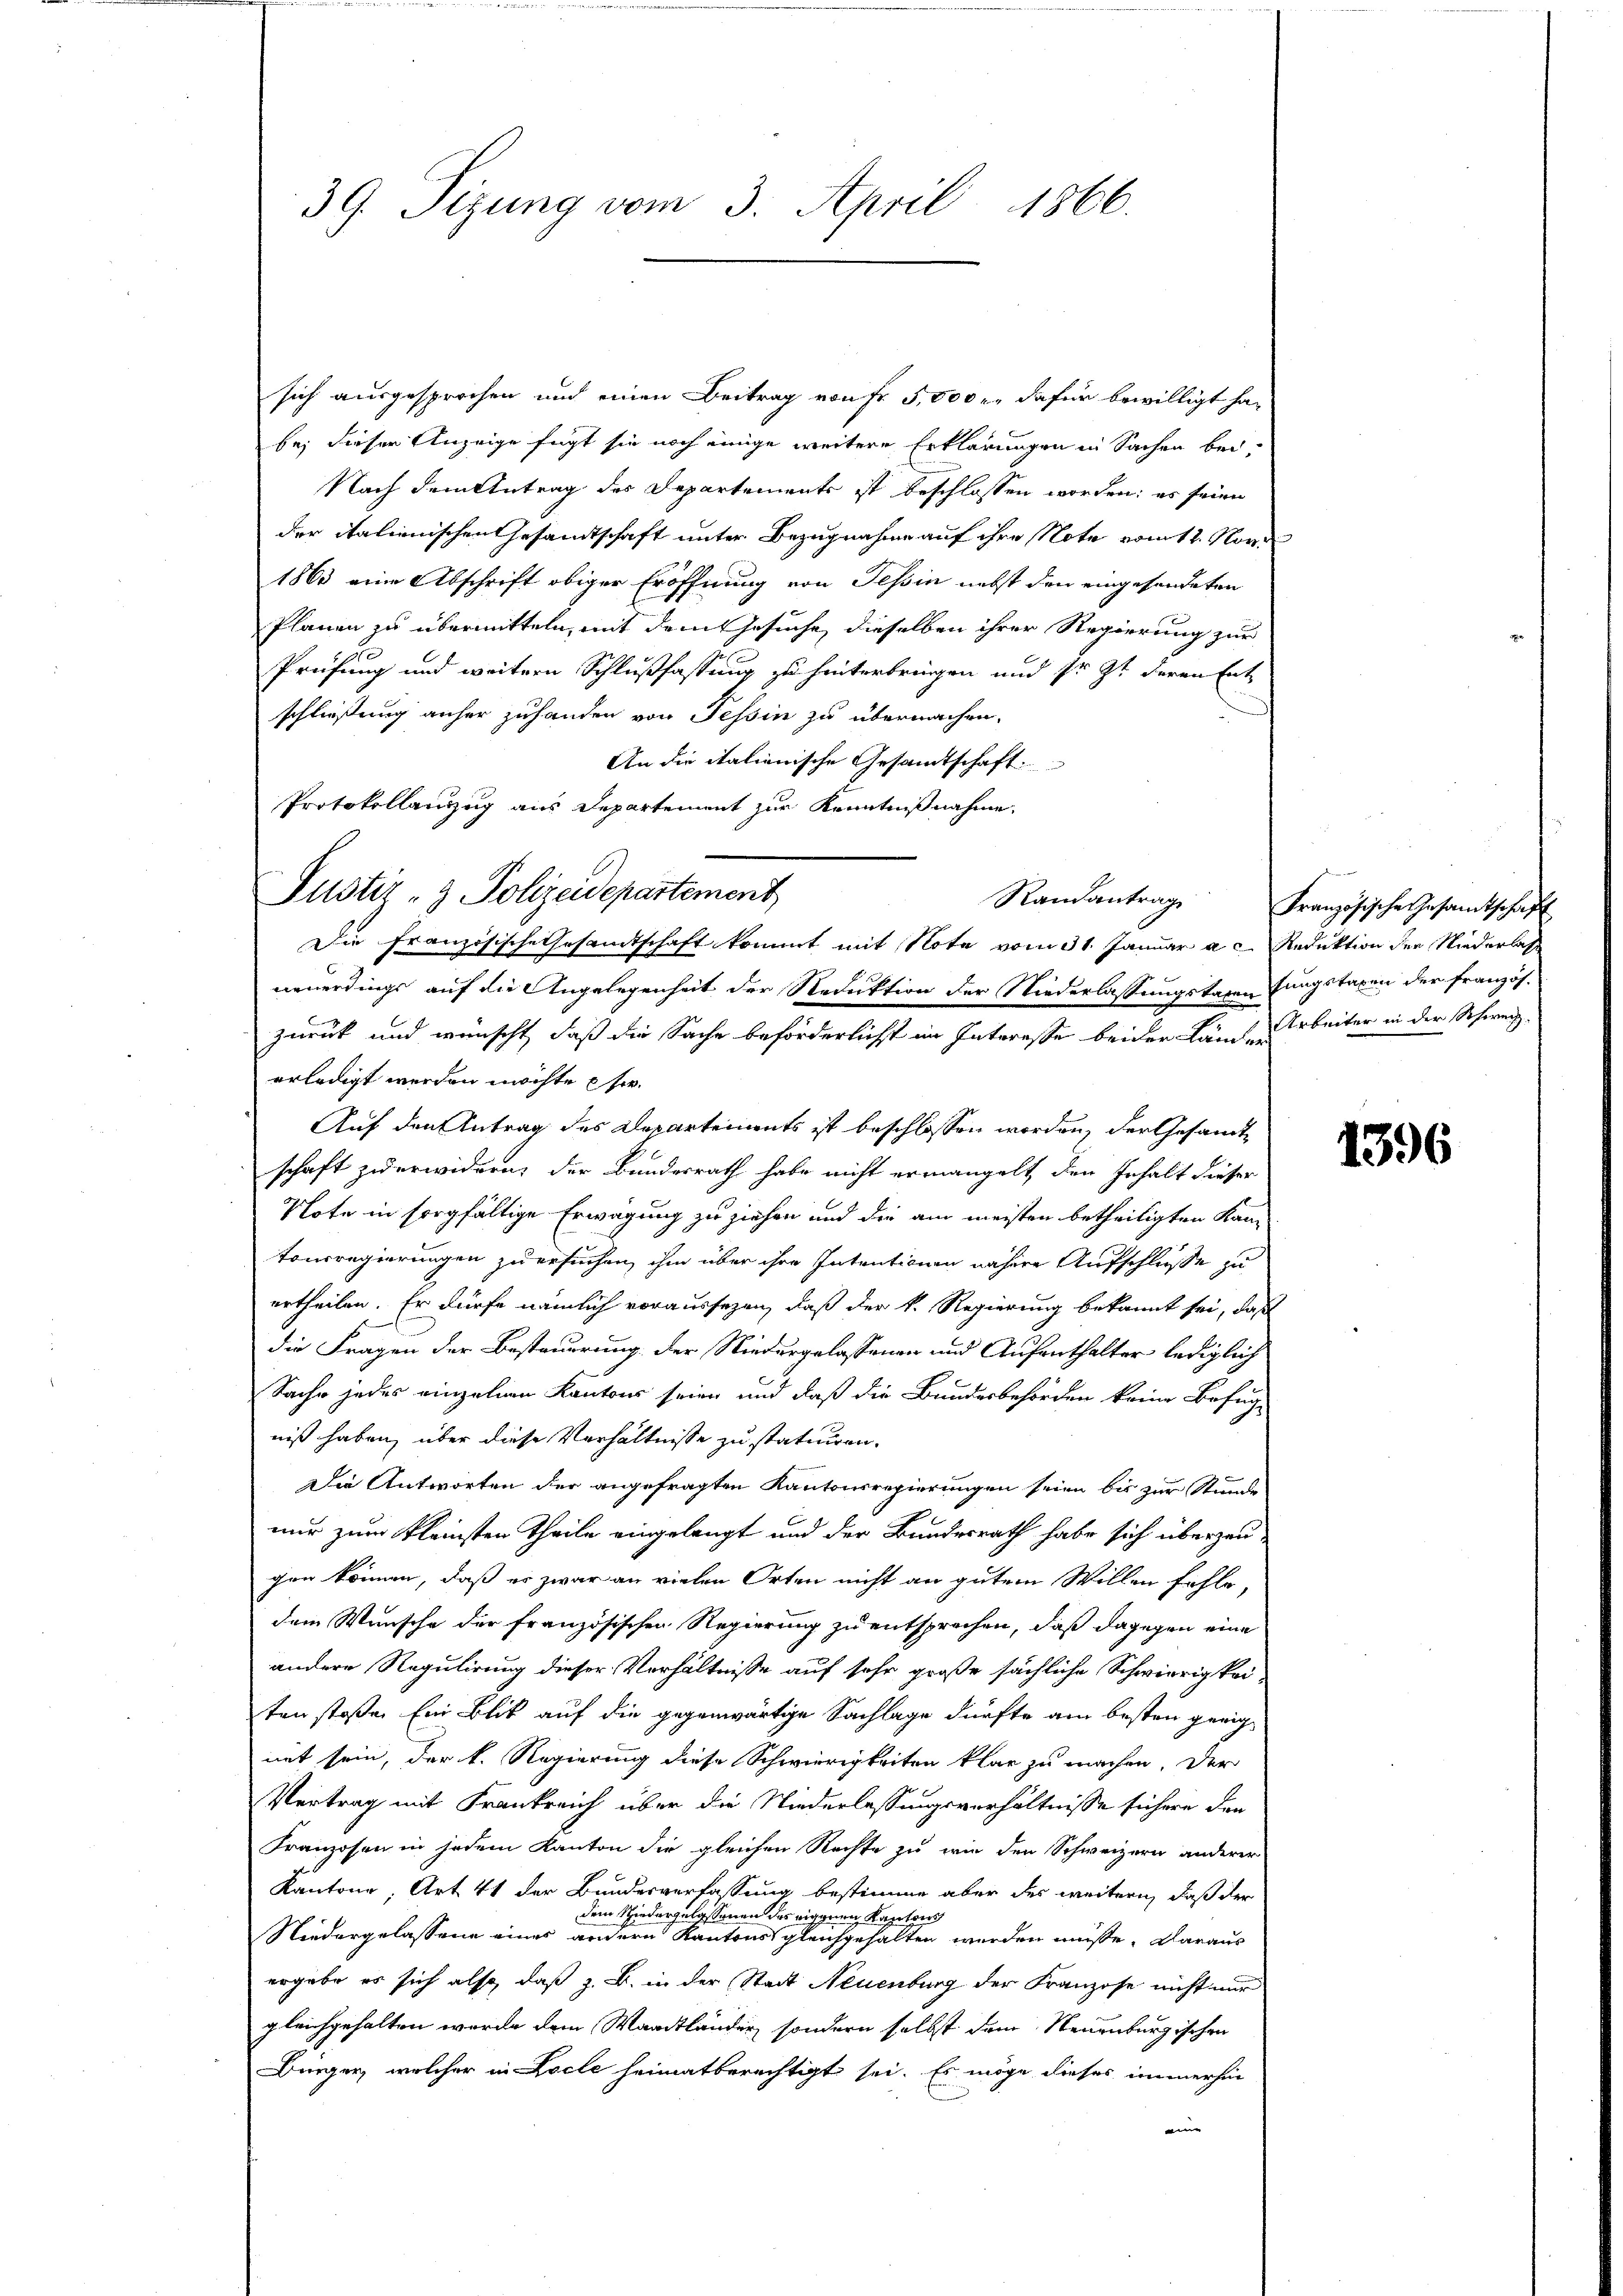
39. Sizung vom 3. April 1866.

sich ausgesprochen und einen Beitrag von fr 5,000 u. dafür bewilligt habe; dieser Anzeige fügt sie noch einige weitere Erklärungen in Sachen bei,
Nach dem Antrag des Departements ist beschlossen worden; es seien
der italienischen Gesandtschaft unter Bezugnahme auf ihre Note vom 12. Nov.
1863 eine Abschrift obiger Eröffnung von Tessin nebst den eingesendeten
Planen zu übermitteln, mit dem Gesuche, dieselben ihrer Regierung zur
Prüfung und weitern Schlußfassung zu hinterbringen und sr. Zt. deren Ent-
schließung anher zuhanden von Tessin zu übermachen.
An die italienische Gesamtschaft.
Protokollanzzug aus Departement zur Kenntnißnahme.
Die Französische Gesandtschaft kommt mit Note vom 31. Januar a. Reduktion der Niederlass
neuerdings auf die Angelegenheit der Reduktion der Niederlassungstaxen fungstaxen der französ.
zurück und wünscht, daß die Sache beförderlichst im Interesse beider Lände Arbeiter in der Schweiz.
erledigt werden möchte se
Auf den Antrag des Departements ist beschlossen worden, der Gesandte
schaft zuerwidern, der Bundesrath habe nicht ermangelt, den Inhalt dieser
Note in sorgfältige Erwägung zu ziehen und die am meisten betheiligten Kantonsregierungen zu ersuchen, ihm über ihre Intentionen nähere Aufschlüsse zu
ertheilen. Er dürfe nämlich voraussezen, daß der k. Regierung bekannt sei, daß
die Fragen der Besteuerung der Niedergelassenen und Aufenthalter lediglich
Sache jedes einzelnen Kantons seien und daß die Bundesbehörden keine Befug
niß haben, über diese Verhältnisse zu statuiren.
Die Antworten der angefragten Kantonsregierungen seien bis zur Stunde
nur zum kleinsten Theile eingelangt und der Bundesrath habe sich überzeugen können, daß er zwar an vielen Orten nicht an gutem Willen fehle,
dem Wunsche der französischen Regierung zu entsprechen, daß dagegen eine
andere Regulirung dieser Verhältnisse auf sehr große sächliche Schwierigkeiten stoßen Ein Blit auf die gegenwärtige Sachlage dürfte am besten geeigmit sein, der k. Regierung diese Schwierigkeiten klar zu machen. Der
Vertrag mit Frankreich über die Niederlassungsverhältnisse sichere den
Franzosen in jedem Kanton die gleichen Rechte zu wir den Schweizern anderer
Kantone, Art. 41 der Bundesverfassung bestimme aber des weitern, daß der
dem Schiedergelassenen der Kapton
Niedergelassene eines andern Kantons gleich gehalten werden müsse, daraus
ergabe es sich also, daß z. B. in der Stadt Neuenburg der Franzose nicht nur
gleichgehalten wurde dem Waadtländer, sondern selbst dem Neuenburgischen
Bürger, welcher in Locle heimatberechtigt sei. Es möge dieses immerhin
i

Justiz- & Polizeidepartement

Randantrag Französische Gesamtschaft

1396